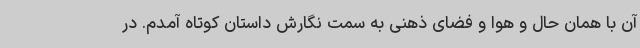
آن با همان حال و هوا و فضای ذهنی به سمت نگارش داستان کوتاه آمدم. در